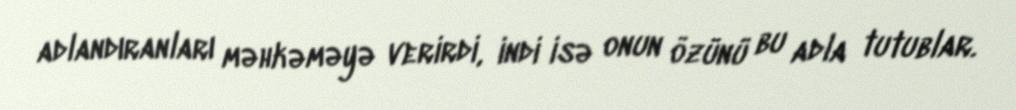
adlandıranları məhkəməyə verirdi, indi isə onun özünü bu adla tutublar.